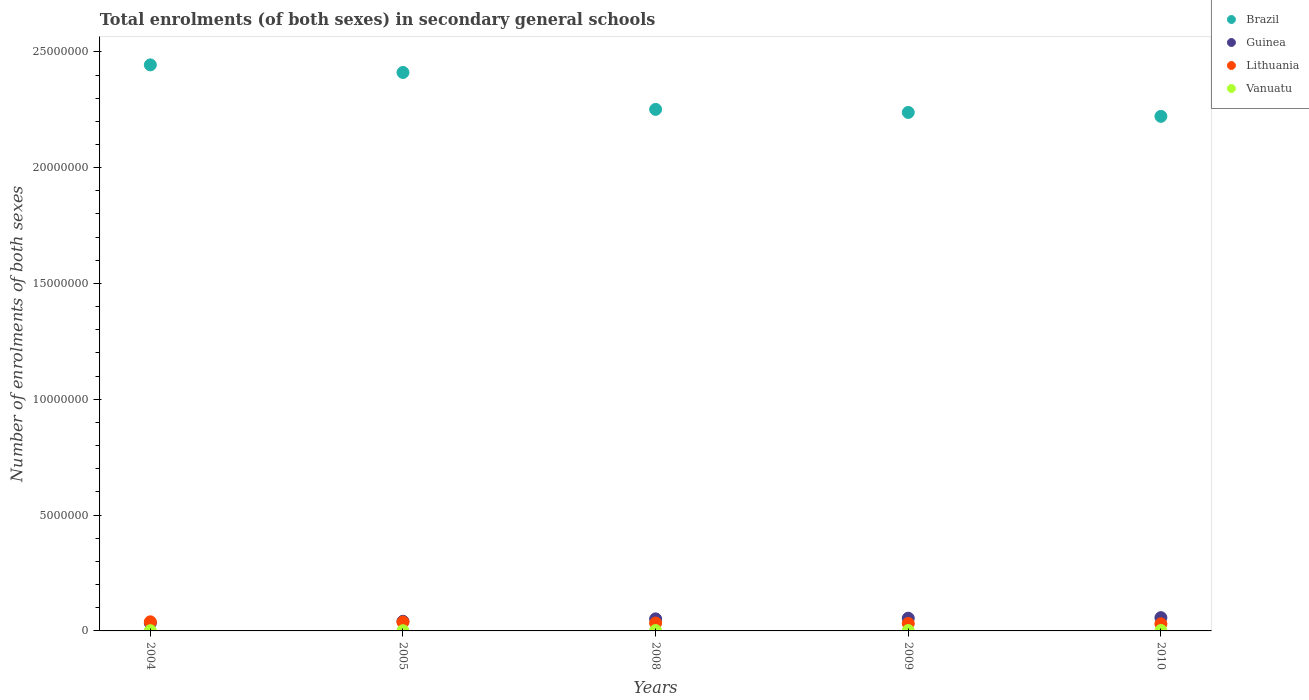
| Years | Brazil | Guinea | Lithuania | Vanuatu |
 | --- | --- | --- | --- | --- |
 | 2004 | 2.44e+07 | 3.4e+05 | 3.93e+05 | 1.06e+04 |
 | 2005 | 2.41e+07 | 4.16e+05 | 3.85e+05 | 8.21e+03 |
 | 2008 | 2.25e+07 | 5.2e+05 | 3.4e+05 | 1.67e+04 |
 | 2009 | 2.24e+07 | 5.49e+05 | 3.22e+05 | 1.79e+04 |
 | 2010 | 2.22e+07 | 5.73e+05 | 3.05e+05 | 1.83e+04 |